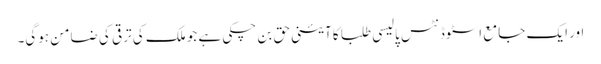
اور ایک جامع اسٹوڈنٹس پالیسی طلبا کا آئینی حق بن چکی ہے جو ملک کی ترقی کی ضامن ہوگی۔